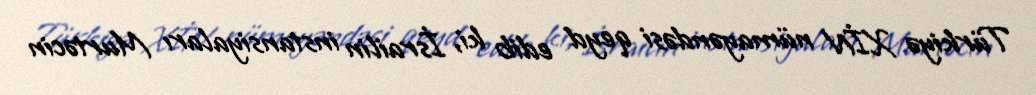
Türkiyə XİN nümayəndəsi qeyd edib ki, İsrailin instansiyaları Murtəcin